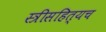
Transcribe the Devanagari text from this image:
स्त्रीसहित्यच